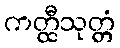
ကတ္ထီသုတ္တံ